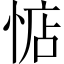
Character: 惦